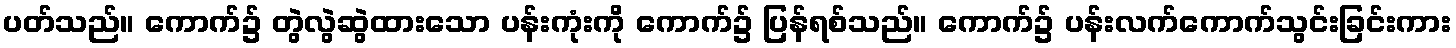
ပတ်သည်။ ကောက်၌ တွဲလွဲဆွဲထားသော ပန်းကုံးကို ကောက်၌ ပြန်ရစ်သည်။ ကောက်၌ ပန်းလက်ကောက်သွင်းခြင်းကား